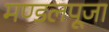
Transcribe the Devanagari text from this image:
मण्डलपूजा